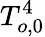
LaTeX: T_{o,0}^{4}